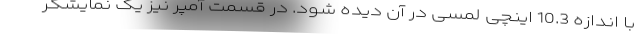
با اندازه 10.3 اینچی لمسی در آن دیده شود. در قسمت آمپر نیز یک نمایشگر